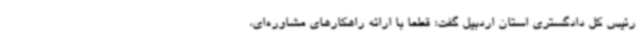
رئیس کل دادگستری استان اردبیل گفت: قطعا با ارائه راهکارهای مشاوره‌ای،